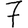
Digit: 7